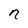
Character: n